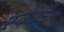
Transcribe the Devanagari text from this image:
स्काँच